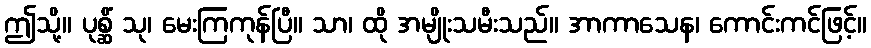
ဤသို့။ ပုစ္ဆိံ သု၊ မေးကြကုန်ပြီ။ သာ၊ ထို အမျိုးသမီးသည်။ အာကာသေန၊ ကောင်းကင်ဖြင့်။